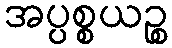
အပ္ပစ္စယဉ္စ